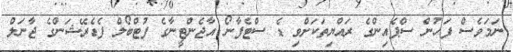
ނަމަވެސް ފަހުން ސްޕެއިންގެ ރައްޔިތަކަށްވި ޑެ ސްޓެފާނޯ އާޖެންޓީނާގެ ފުޓްބޯލް ފެޑެރޭޝަންގެ ޖާނަލް